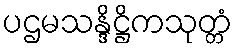
ပဌမသန္ဒိဋ္ဌိကသုတ္တံ